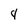
Character: 4